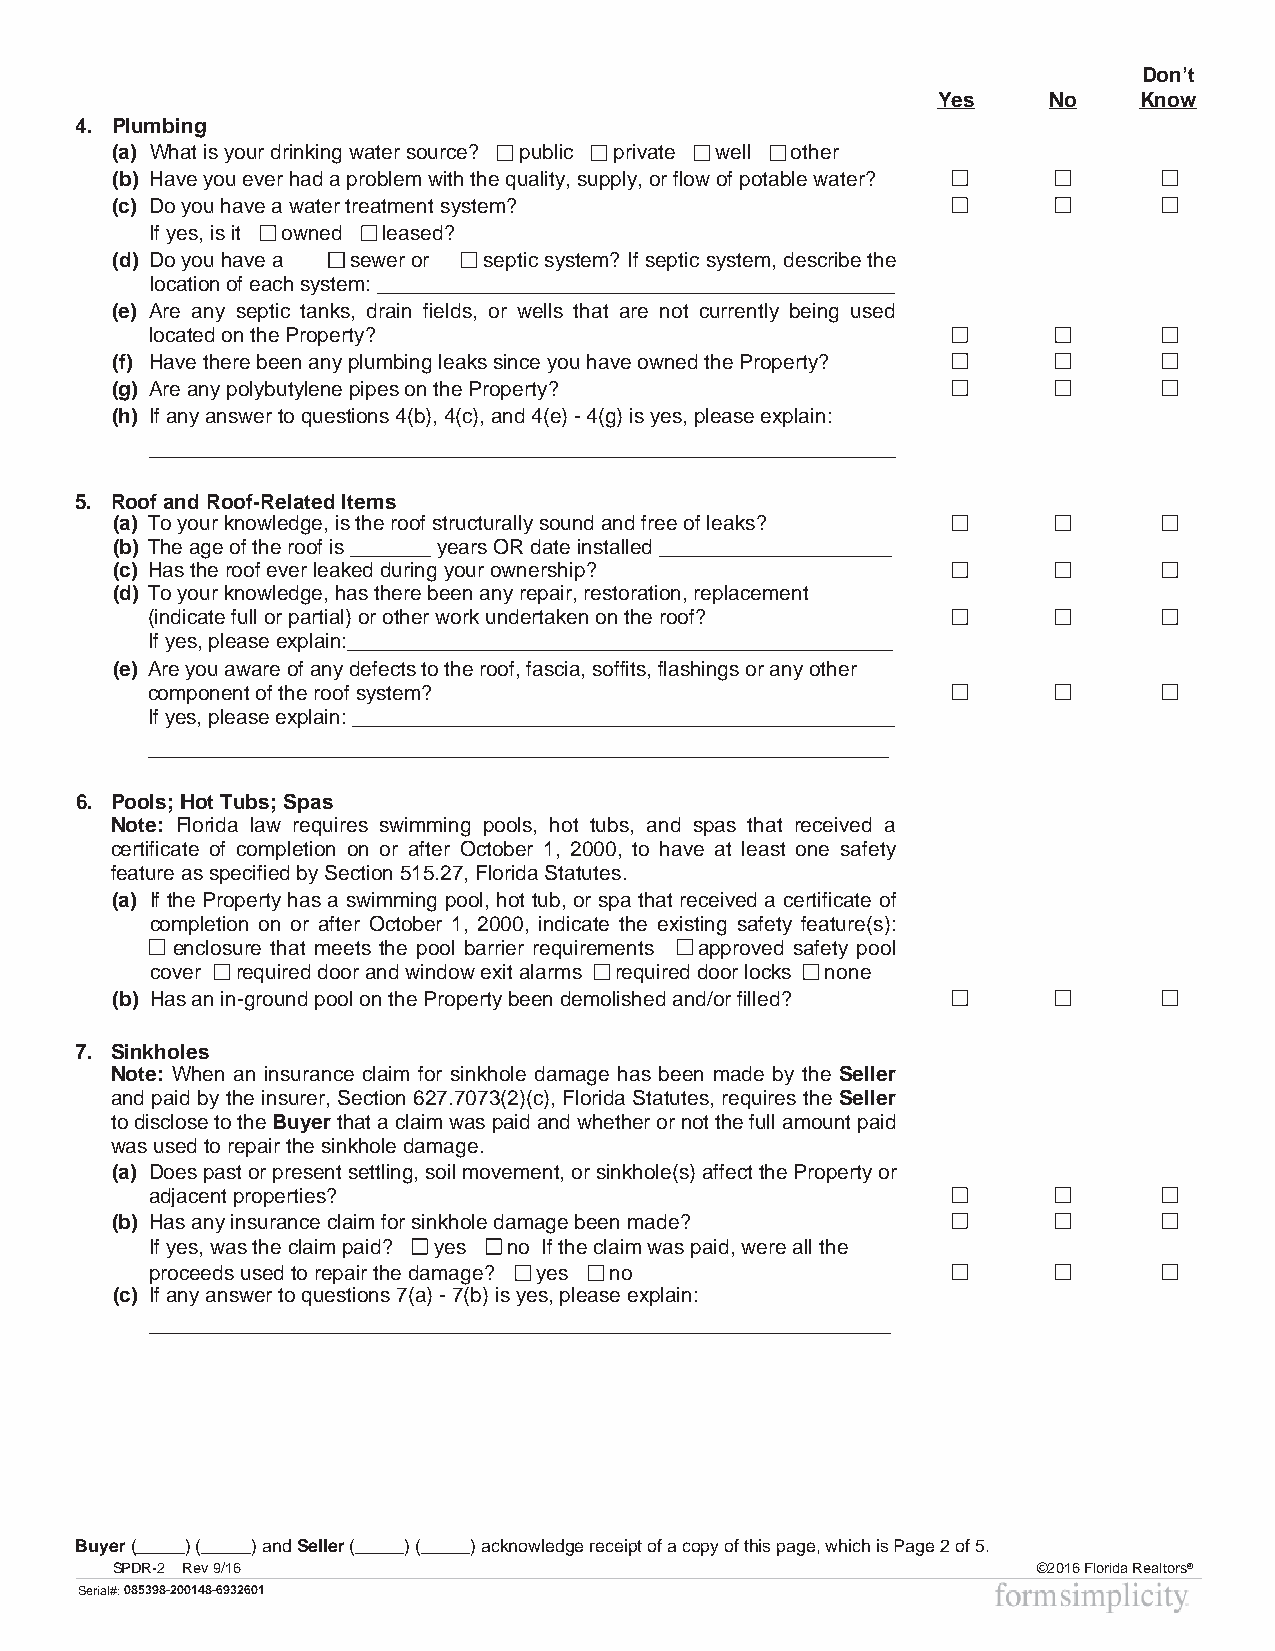
Don’t
 Yes    No    Know
 4. Plumbing
 (a) What is your drinking water source? public private well other
 (b) Have you ever had a problem with the quality, supply, or flow of potable water?
 (c) Do you have a water treatment system?
 If yes, is it owned leased?
 (d) Do you have a sewer or septic system? If septic system, describe the
 location of each system: _____________________________________________
 (e) Are any septic tanks, drain fields, or wells that are not currently being used
 located on the Property?
 (f) Have there been any plumbing leaks since you have owned the Property?
 (g) Are any polybutylene pipes on the Property?
 (h) If any answer to questions 4(b), 4(c), and 4(e) - 4(g) is yes, please explain:
 _________________________________________________________________
 5. Roof and Roof-Related Items
 (a) To your knowledge, is the roof structurally sound and free of leaks?
 (b) The age of the roof is _______ years OR date installed ____________________
 (c) Has the roof ever leaked during your ownership?
 (d) To your knowledge, has there been any repair, restoration, replacement
 (indicate full or partial) or other work undertaken on the roof?
 If yes, please explain:_______________________________________________
 (e) Are you aware of any defects to the roof, fascia, soffits, flashings or any other
 component of the roof system?
 If yes, please explain: _______________________________________________
 ________________________________________________________________
 6. Pools; Hot Tubs; Spas
 Note: Florida law requires swimming pools, hot tubs, and spas that received a
 certificate of completion on or after October 1, 2000, to have at least one safety
 feature as specified by Section 515.27, Florida Statutes.
 (a) If the Property has a swimming pool, hot tub, or spa that received a certificate of
 completion on or after October 1, 2000, indicate the existing safety feature(s):
 __enclosure that meets the pool barrier requirements ___approved safety pool
 cover required door and window exit alarms required door locks none
 (b) Has an in-ground pool on the Property been demolished and/or filled?
 7. Sinkholes
 Note: When an insurance claim for sinkhole damage has been made by the Seller
 and paid by the insurer, Section 627.7073(2)(c), Florida Statutes, requires the Seller
 to disclose to the Buyer that a claim was paid and whether or not the full amount paid
 was used to repair the sinkhole damage.
 (a) Does past or present settling, soil movement, or sinkhole(s) affect the Property or
 adjacent properties?
 (b) Has any insurance claim for sinkhole damage been made?
 If yes, was the claim paid? ___yes___no If the claim was paid, were all the
 proceeds used to repair the damage? ___yes ___no
 (c) If any answer to questions 7(a) - 7(b) is yes, please explain:
 ________________________________________________________________
 Buyer(_____) (_____) and Seller (_____) (_____) acknowledge receipt of a copy of this page, which is Page 2 of 5.
 SPDR-2 Rev 9/16                                               ©2016 Florida Realtors®
 Serial#:085398-200148-6932601